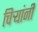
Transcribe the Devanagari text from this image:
चिर्‍यांनी